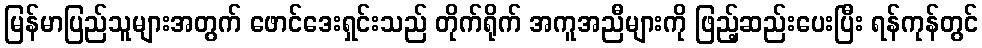
မြန်မာပြည်သူများအတွက် ဖောင်ဒေးရှင်းသည် တိုက်ရိုက် အကူအညီများကို ဖြည့်ဆည်းပေးပြီး ရန်ကုန်တွင်